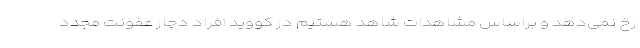
رخ نمی‌دهد و براساس مشاهدات شاهد هستیم در کووید افراد دچار عفونت مجدد